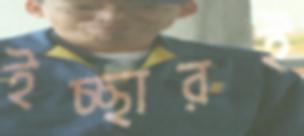
ইচ্ছারই